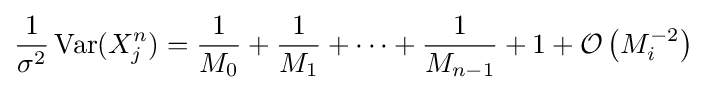
{\frac {1}{\sigma ^{2}}}\operatorname {Var} (X_{j}^{n})={\frac {1}{M_{0}}}+{\frac {1}{M_{1}}}+\dots +{\frac {1}{M_{n-1}}}+1+{\mathcal {O}}\left(M_{i}^{-2}\right)